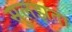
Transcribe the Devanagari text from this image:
सुलझता